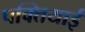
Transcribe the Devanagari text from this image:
पक्तियाई